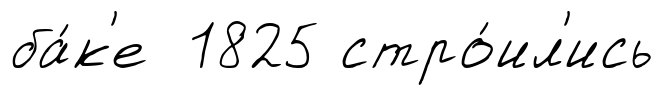
ба́к'е 1825 стро́ил'ись